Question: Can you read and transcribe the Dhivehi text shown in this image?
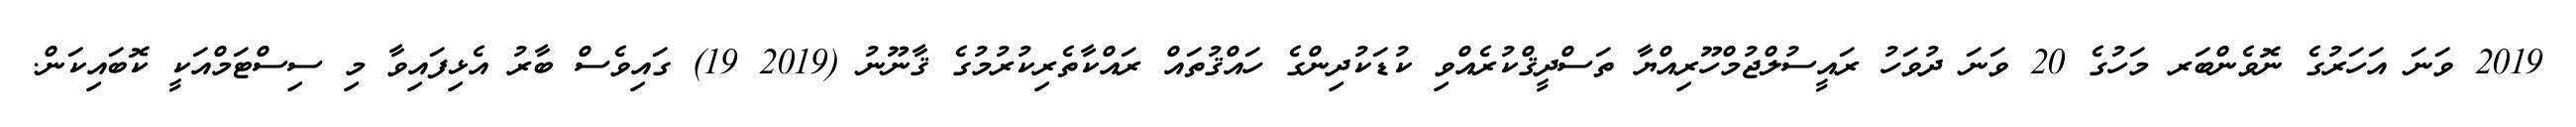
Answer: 2019 ވަނަ އަހަރުގެ ނޮވެންބަރ މަހުގެ 20 ވަނަ ދުވަހު ރައީސުލްޖުމްހޫރިއްޔާ ތަސްދީޤްކުރެއްވި ކުޑަކުދިންގެ ހައްޤުތައް ރައްކާތެރިކުރުމުގެ ޤާނޫނު (2019 19) ގައިވެސް ބާރު އެޅިފައިވާ މި ސިސްޓަމްއަކީ ކޮބައިކަން.